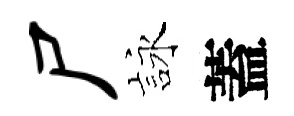
尸詠蓋